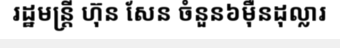
រដ្ឋមន្ត្រី ហ៊ុន សែន ចំនួន៦ម៉ឺនដុល្លារ